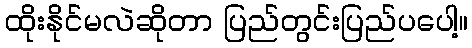
ထိုးနိုင်မလဲဆိုတာ ပြည်တွင်းပြည်ပပေါ့။